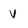
Character: V